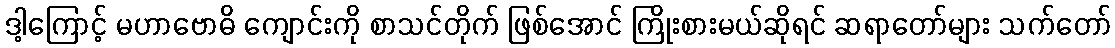
ဒါ့ကြောင့် မဟာဗောဓိ ကျောင်းကို စာသင်တိုက် ဖြစ်အောင် ကြိုးစားမယ်ဆိုရင် ဆရာတော်များ သက်တော်